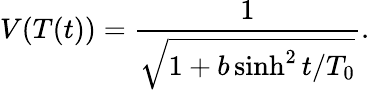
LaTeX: V(T(t))=\frac{1}{\sqrt{1+b\sinh^{2}t/T_{0}}}.